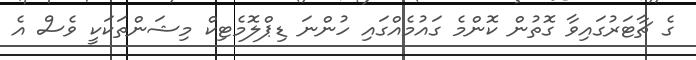
ގެ ޗާޓަރުގައިވާ ގޮތުން ކޮންމެ ގައުމެއްގައި ހުންނަ ޑިޕްލޮމެޓިކް މިޝަންތަކަކީ ވެސް އެ